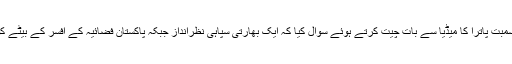
پارٹی ترجمان سمبت پاترا کا میڈیا سے بات چیت کرتے ہوئے سوال کیا کہ ایک بھارتی سپاہی نظرانداز جبکہ پاکستان فضائیہ کے افسر کے بیٹے کو اعزا ز کیوں؟